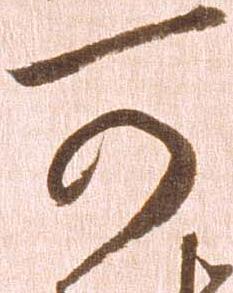
可